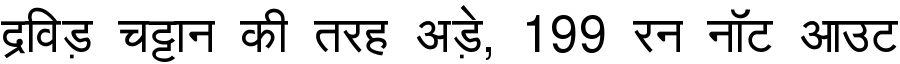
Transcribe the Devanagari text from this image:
द्रविड़ चट्टान की तरह अड़े, 199 रन नॉट आउट